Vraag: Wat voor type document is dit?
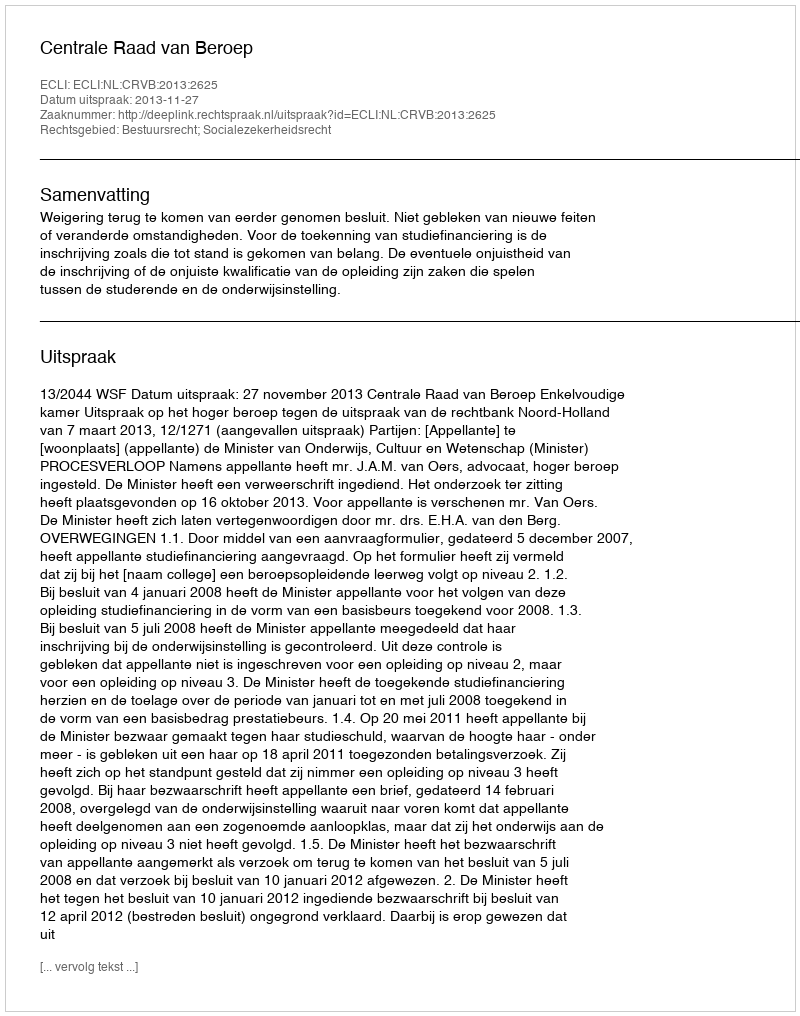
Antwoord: Uitspraak